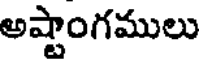
అష్టాంగములు